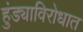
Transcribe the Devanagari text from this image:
हुंड्याविरोधात